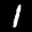
Label: 1